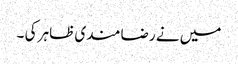
میں نے رضا مندی ظاہر کی ۔